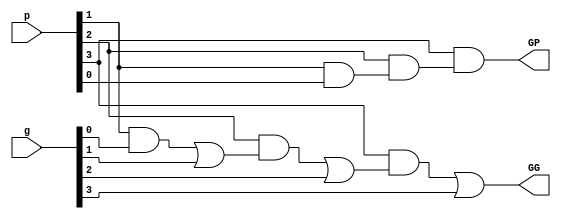
`timescale 1ns / 1ps
//////////////////////////////////////////////////////////////////////////////////
// Company: 
// 
// Design Name: 
// Module Name:    Bit generate signal
// Project Name:   Basic Components
// Target Devices: 
// Tool versions: 
// Description: 
//
// Dependencies: 
//
// Revision: 
// Revision 0.01 - File Created
// Additional Comments: 
//
//////////////////////////////////////////////////////////////////////////////////
module BC #(parameter valency=4)(output GG, GP, input [valency-1 : 0] g, input [valency-1 : 0] p);

	wire [valency-1 : 0]  gp;

	wire [valency-1 : 0] wr, gg;

	assign gg[0]=g[0];
	assign gp[0]=p[0];

	genvar k;
	generate
	for(k=0; k<valency-1; k=k+1)
		begin
			and (wr[k], p[k+1], gg[k]);
			or (gg[k+1], wr[k], g[k+1]); 
                        and (gp[k+1], p[k+1], gp[k]);
		end
	endgenerate	
	assign GG=gg[valency-1];
        assign GP=gp[valency-1];
endmodule